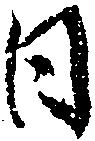
日